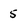
Character: 5